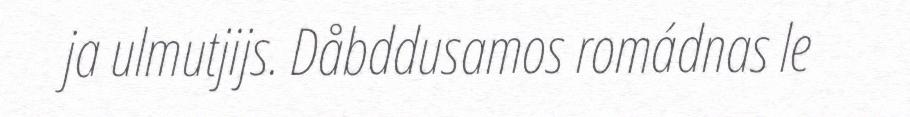
ja ulmutjijs. Dåbddusamos romádnas le